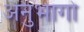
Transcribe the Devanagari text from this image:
अनुभागो